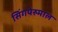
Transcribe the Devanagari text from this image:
सिंगपेरुमाल